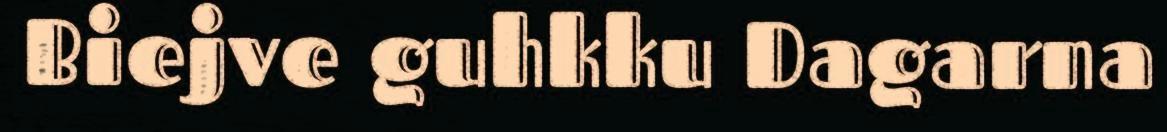
Biejve guhkku Dagarna